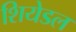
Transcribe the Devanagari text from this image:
शियेडल